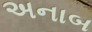
અનાબ